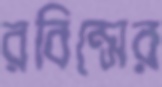
রবিন্সের